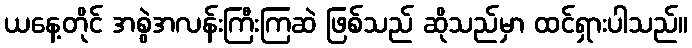
ယနေ့တိုင် အစွဲအလန်းကြီးကြဆဲ ဖြစ်သည် ဆိုသည်မှာ ထင်ရှားပါသည်။